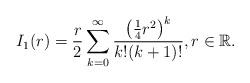
LaTeX: \begin{align*} I_1(r)=\frac{r}{2}\sum_{k=0}^{\infty}\frac{\big(\frac{1}{4}r^2\big)^k}{k ! (k+1)!}, r \in \mathbb{R}.\end{align*}